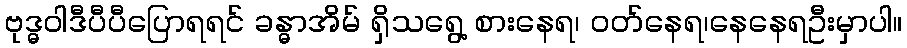
ဗုဒ္ဓဝါဒီပီပီပြောရရင် ခန္ဓာအိမ် ရှိသရွေ့ စားနေရ၊ ဝတ်နေရ၊နေနေရဦးမှာပါ။